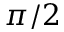
\pi / 2